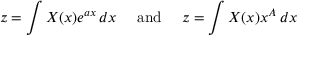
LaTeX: z = \int X ( x ) e ^ { a x } \, d x \quad { \mathrm { ~ a n d ~ } } \quad z = \int X ( x ) x ^ { A } \, d x